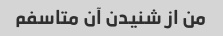
من از شنیدن آن متاسفم